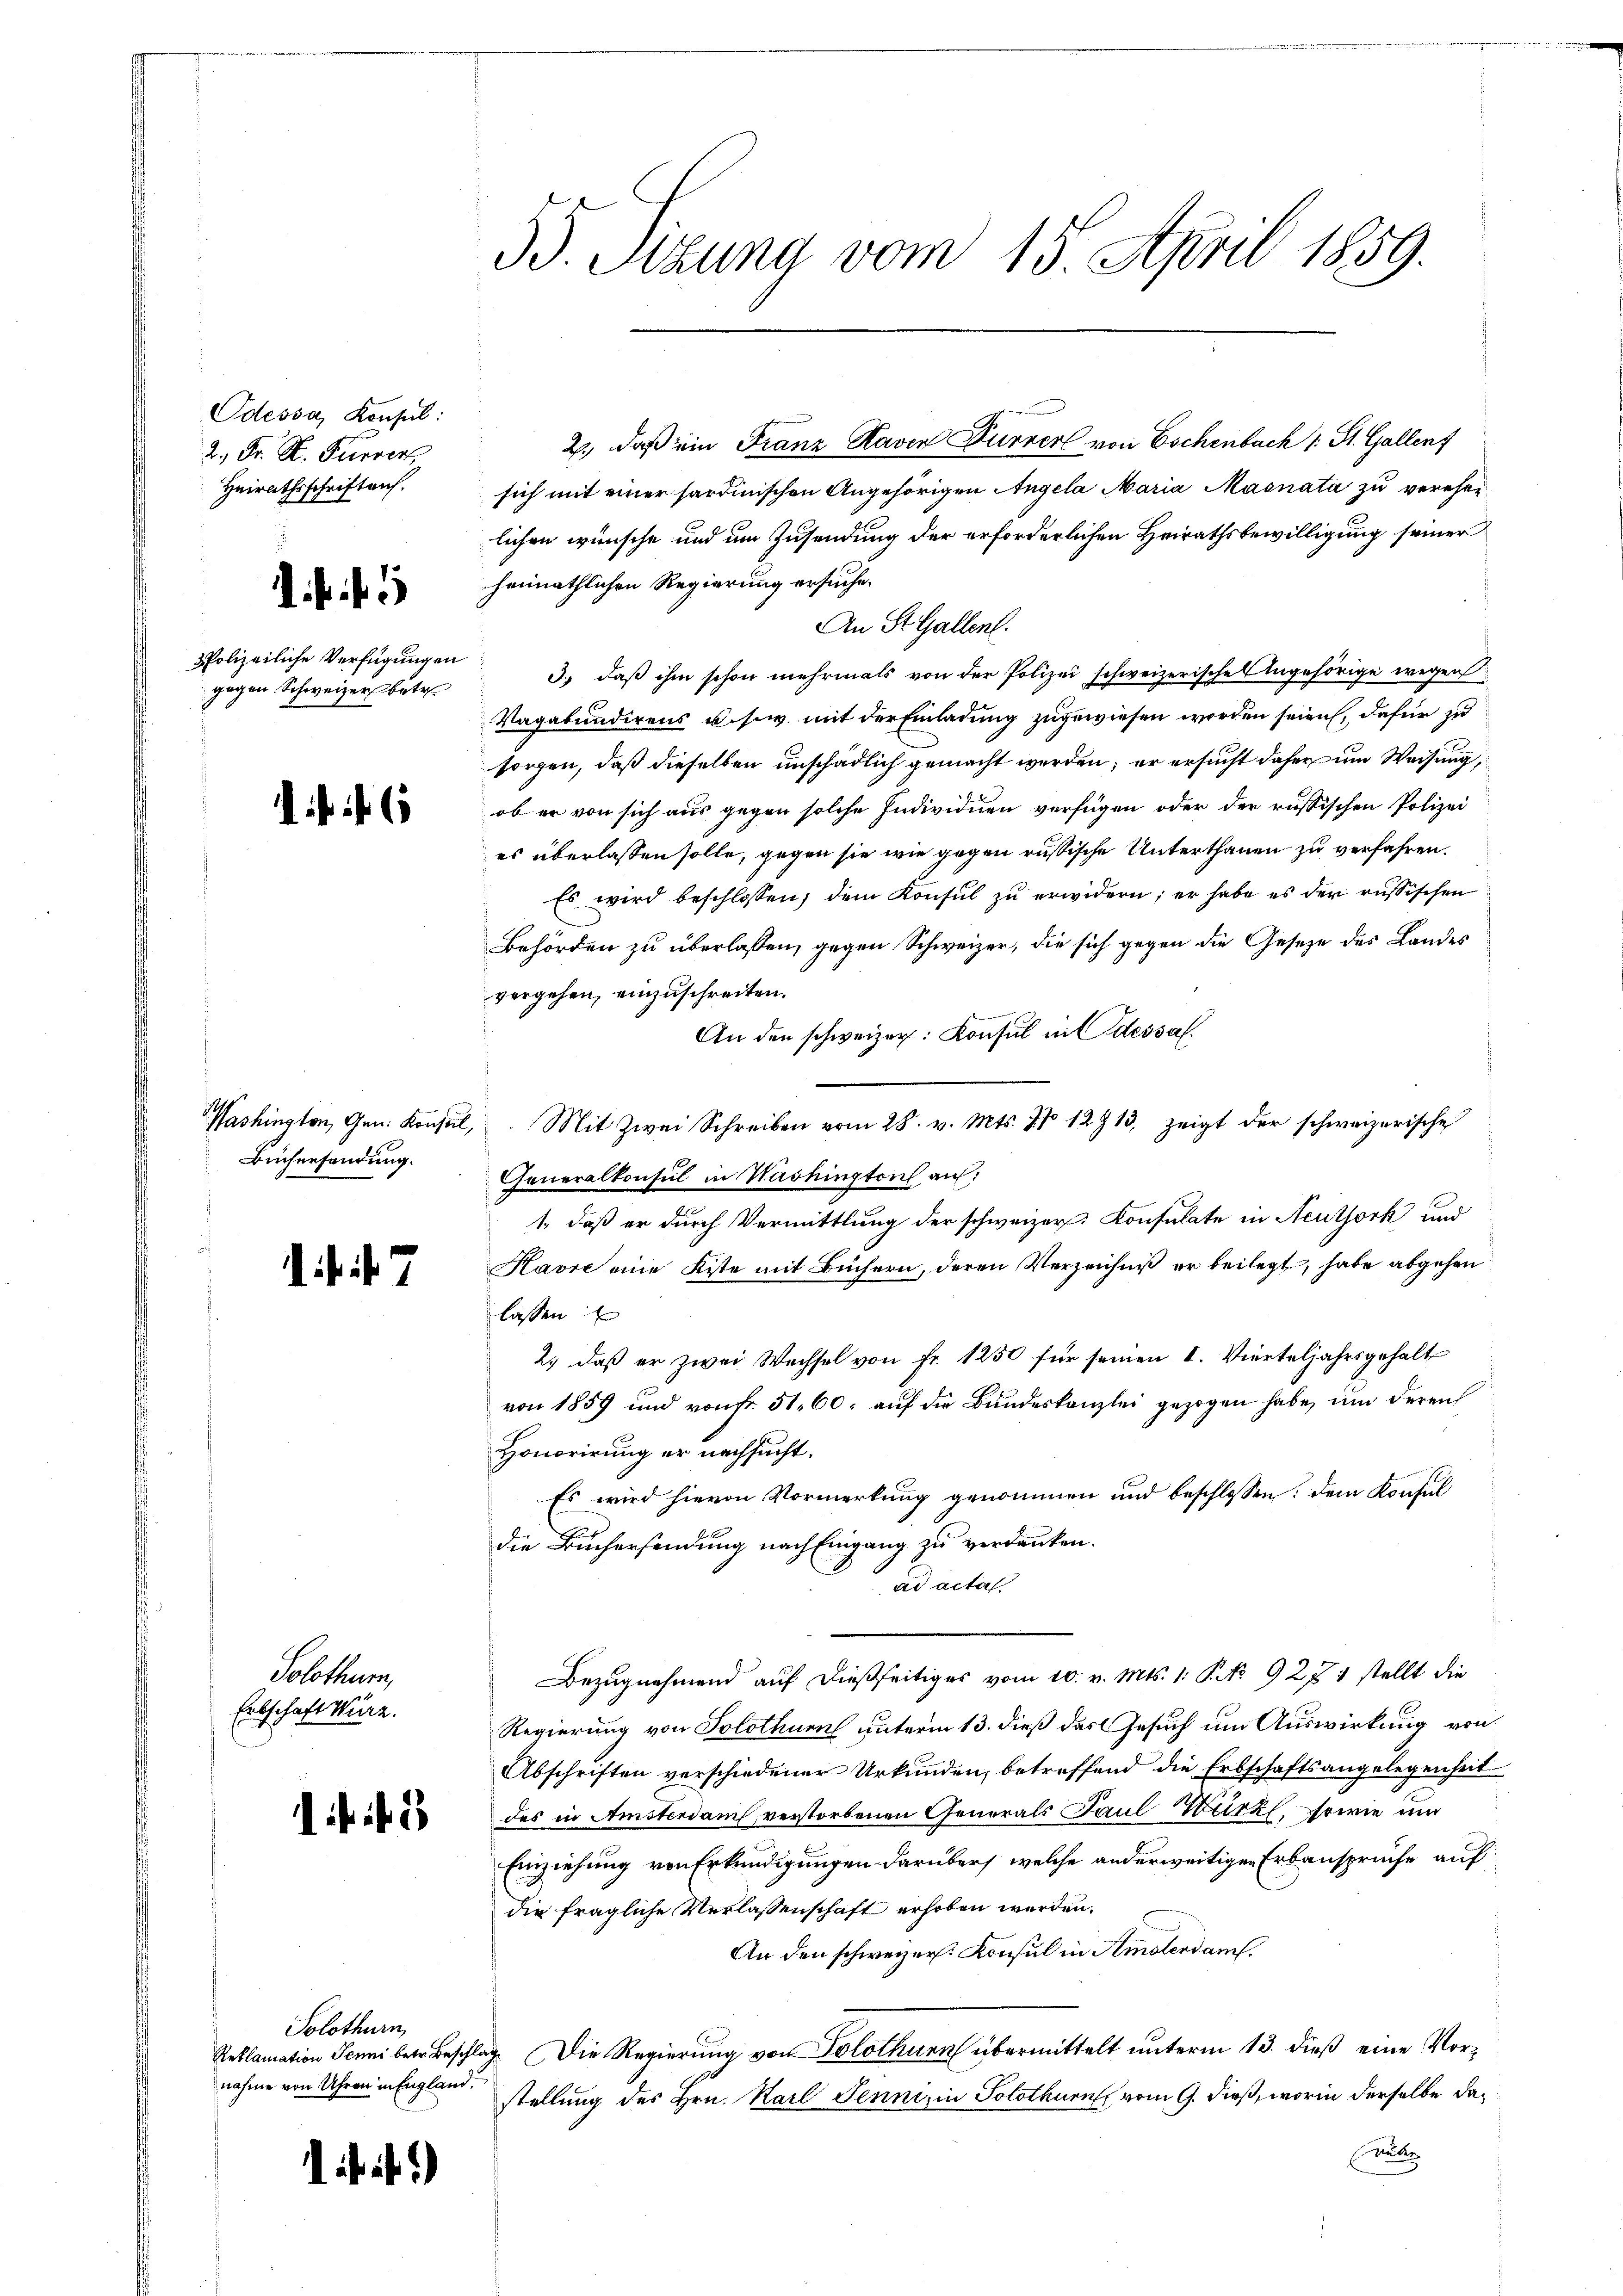
Odessa, Konsul:
2., Dr. S. Purvert
Heirathsschriften.

1 f 45

Polizeiliche Verfügungen
gegen Schweizers betr.

Büchersendung.

7

Solothur,
Erbschaft Wurz.

. . 2

Solothurn,
nahme von Uhren in England.

1)

59. Sizung vom 15. April 1859.

2., daß ein Franz Raven Furrer von Eschenbach 1 St. Gallenf
sich mit einer sardinischen Angehörigen Angela Maria Masnata zu verehen
lichen wünsche und um Zusendung der erforderlichen Heirathsbewilligung seiner
heimathlichen Regierung ersuche.
An St. Gallent.
3., daß ihm schon mehrmals von der Polizei schweizerische Angehörige wegen
Vagabundirens u.s.w. mit der Einladung zugewiesen worden seien, dafür zu
sorgen, daß dieselben unschädlich gemacht werden; er ersucht daher um Weisung,
ob er von sich aus gegen solche Individuen verfügen oder der russischen Polizei
es überlassen solle, gegen sie wie gegen russische Unterthanen zu verfahren.
Es wird beschlossen, dem Konsŭl zŭ erwidern; er habe es der russischen
Behörden zu überlassen, gegen Schweizer, die sich gegen die Gesetze des Landes
vergehen, einzuschreiten.
An den schweizer: Konsul in dessal
Washington, Gen. Konsul, Mit Zwei Schreiben vom 28. v. Mts. No 12913, zeigt der schweizerische
Generalkonsul in Washington auf:
1., daß er durch Vermittlung der schweizer Konsulate in Neuthork und
Havre eine Kiste mit Büchern, deren Verzeichniß er beilegt, habe abgehen
lassen
2.) daß er zwei Wechsel von Fr. 1250 für seinen I. Vierteljahrsgehalt
von 1859 und von fr. 51, 60. auf die Bundeskanzlei gezogen habe, um deren
Honorirung er nachsucht.
Es wird hievon Vormerkung genommen und beschlossen: dem Konsul
die Buchersendung nach Eingang zu verdanken.
ad acta
Bezugnahmend auf dießseitiges vom 10. v. Mts. 1. P. No. 927 1 stellt die
Regierung von Solothurn unterm 13. dieß das Gesuch um Auswirkung von
Abschriften verschiedener Urkunden, betreffend die Erbschaftsangelegenheit
des in Amsterdam verstorbenen Generals Paul Werk, sowie un
Einziehung von Erkundigungen darüber welche anderweitigen Erbanspruche auf
die fragliche Verlassenschaft erhoben werden.
An den schweizer. Konsul in Amolendam.
Reblamation Seni betr. Beschlag. Die Regierŭng von Solothurn übermittelt ŭnterm 13. dieß eine Vorstellung des Hrn. Karl Jenni, in Solothurn vom 9. dieß, worin derselbe das
nüber